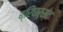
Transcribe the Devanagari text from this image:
ब्रिंघर्स्‍ट